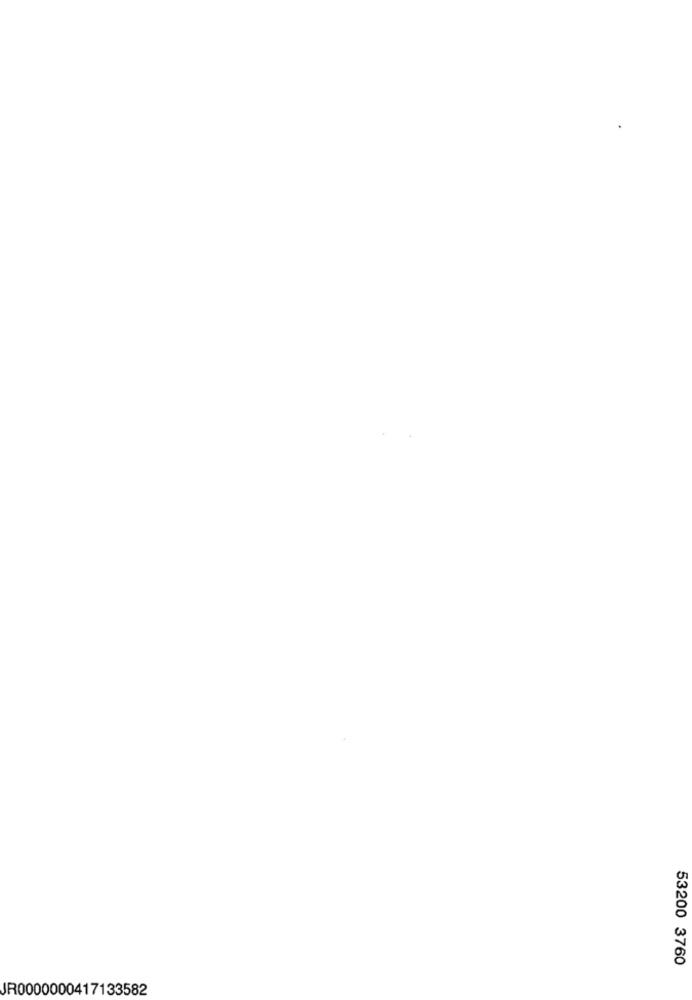
53200 3760
JR0000000417133582